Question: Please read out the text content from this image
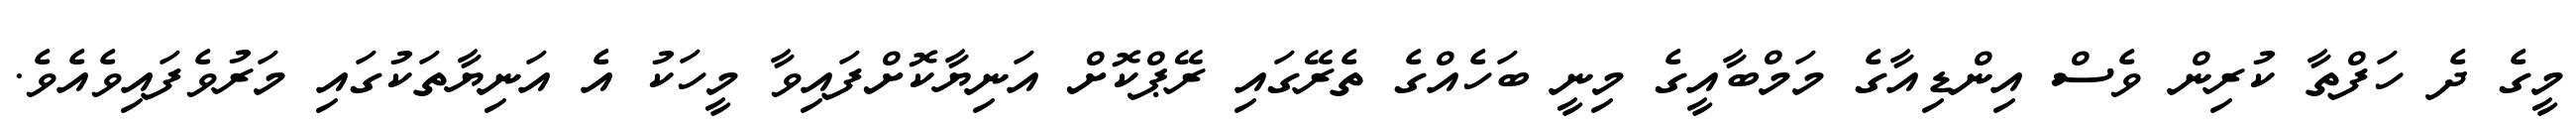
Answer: މީގެ ދެ ހަފްތާ ކުރިން ވެސް އިންޑިއާގެ މަމްބާއީގެ މިނީ ބަހެއްގެ ތެރޭގައި ރޭޕްކޮށް އަނިޔާކޮށްފައިވާ މީހަކު އެ އަނިޔާތަކުގައި މަރުވެފައިވެއެވެ.